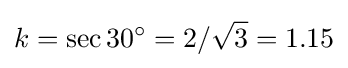
k=\sec 30^{\circ }=2/{\sqrt {3}}=1.15